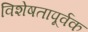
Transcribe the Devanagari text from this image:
विशेषतापूर्वक